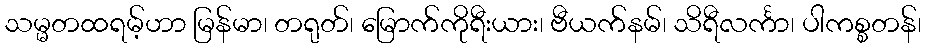
သမ္မတထရမ့်ဟာ မြန်မာ၊ တရုတ်၊ မြောက်ကိုရီးယား၊ ဗီယက်နမ်၊ သိရီလင်္ကာ၊ ပါကစ္စတန်၊